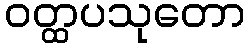
ဝတ္ထပသုတော